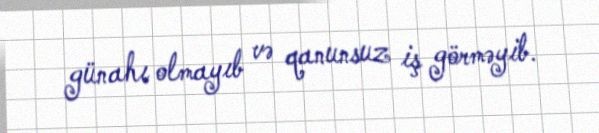
günahı olmayıb və qanunsuz iş görməyib.